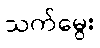
သက်မွေး